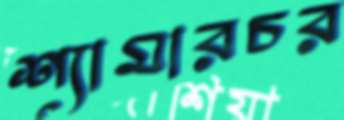
শ্যামারচর